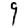
Digit: 9